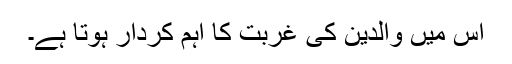
اس میں والدین کی غربت کا اہم کردار ہوتا ہے۔